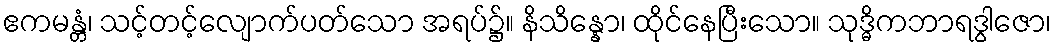
ဧကမန္တံ၊ သင့်တင့်လျောက်ပတ်သော အရပ်၌။ နိသိန္နော၊ ထိုင်နေပြီးသော။ သုဒ္ဓိကဘာရဒွါဇော၊